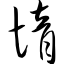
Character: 惰